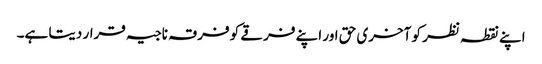
اپنے نقطہ نظر کو آخری حق اور اپنے فرقے کو فرقہ ناجیہ قرار دیتا ہے۔